Relation of titanus [i.e. tetanus] to the hypodermic or intramuscular injection of quinine - Number 43
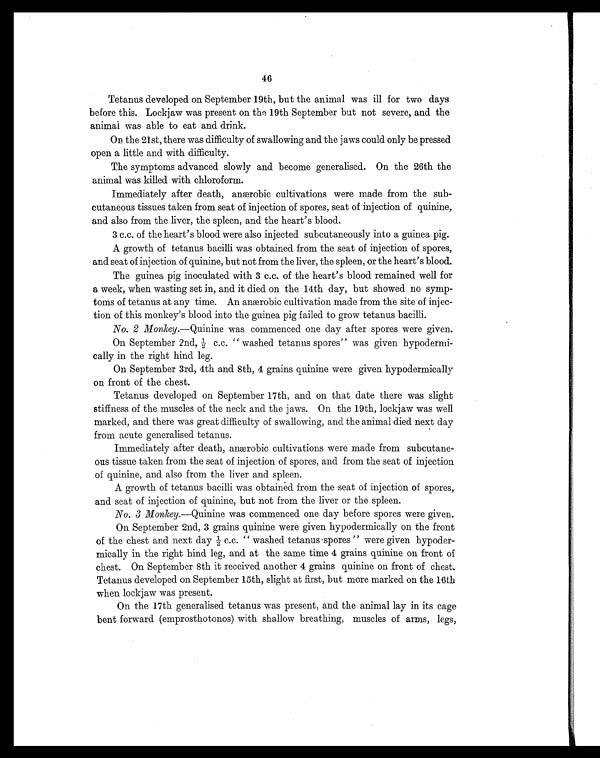
46
Tetanus developed on September 19th, but the animal was ill for two days
before this. Lockjaw was present on the 19th September but not severe, and the
animal was able to eat and drink.
On. the 21st, there was difficulty of swallowing and the jaws could only be pressed
open a little and with difficulty.
The symptoms advanced slowly and become generalised. On the 26th the
animal was killed with chloroform.
Immediately after death, anærobic cultivations were made from the sub
-cutaneous tissues taken from seat of injection of spores, seat of injection of quinine,
and also from the liver, the spleen, and the heart's blood.
3 c.c. of the heart's blood were also injected subcutaneously into a guinea pig.
A growth of tetanus bacilli was obtained from the seat of injection of spores,
and seat of injection of quinine, but not from the liver, the spleen, or the heart's blood.
The guinea pig inoculated with 3 c.c. of the heart's blood remained well for
a week, when wasting set in, and it died on the 14th day, but showed no symp-
toms of tetanus at any time. An anærobic cultivation made from the site of injec-
tion of this monkey's blood into the guinea pig failed to grow tetanus bacilli.
No. 2 Monkey .—Quinine was commenced one day after spores were given.
On September 2nd, ½ c.c. " washed tetanus spores" was given hypodermi-
cally in the right hind leg.
On September 3rd, 4th and 8th, 4 grains quinine were given hypodermically
on front of the chest.
Tetanus developed on September 17th, and on that date there was slight
stiffness of the muscles of the neck and the jaws. On the 19th, lockjaw was well
marked, and there was great difficulty of swallowing, and the animal died next day
from acute generalised tetanus.
Immediately after death, anærobic cultivations were made from subcutane
- o u s t i s s u e t a k e n f r o m t h e s e a t o f i n j e c t i o n o f s p o r e s , a n d f r o m t h e s e a t o f i n j e c t i o n
of quinine, and also from the liver and spleen.
A growth of tetanus bacilli was obtained from the seat of injection of spores,
and seat of injection of quinine, but not from the liver or the spleen.
No. 3 Monkey.—Quinine was commenced one day before spores were given.
On September 2nd, 3 grains quinine were given hypodermically on the front
of the chest and next day ½ c.c. " washed tetanus spores " were given hypoder
- m i c a l l y i n t h e r i g h t h i n d l e g , a n d a t t h e s a m e t i m e 4 g r a i n s q u i n i n e o n f r o n t o f
chest. On September 8th it received another 4 grains quinine on front of chest.
Tetanus developed on September 15th, slight at first, but more marked on the 16th
when lockjaw was present.
On the 17th generalised tetanus was present, and the animal lay in its cage
bent forward (emprosthotonos) with shallow breathing, muscles of arms, legs,